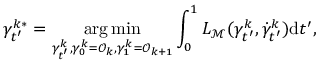
\gamma _ { t ^ { \prime } } ^ { k * } = \underset { \gamma _ { t ^ { \prime } } ^ { k } , \gamma _ { 0 } ^ { k } = \mathcal { O } _ { k } , \gamma _ { 1 } ^ { k } = \mathcal { O } _ { k + 1 } } { \arg \operatorname* { m i n } } \int _ { 0 } ^ { 1 } L _ { { \mathcal { M } } } ( \gamma _ { t ^ { \prime } } ^ { k } , \dot { \gamma } _ { t ^ { \prime } } ^ { k } ) \mathrm { d } t ^ { \prime } ,